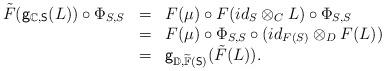
LaTeX: \begin{align*}\begin{array}{lll}\tilde{F}(\mathsf{g}_{\mathbb{C},\mathsf{S}}(L))\circ\Phi_{S,S}&=&F(\mu)\circ F(id_S\otimes_C L)\circ \Phi_{S,S}\\&=&F(\mu)\circ\Phi_{S,S}\circ (id_{F(S)}\otimes_D F(L))\\&=&\mathsf{g}_{\mathbb{D},\widetilde{\mathbb{F}}(\mathsf{S})}(\tilde{F}(L)).\end{array}\end{align*}